画像に写った文字を読んでください
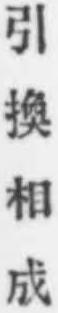
「引換相成」と書いてあります